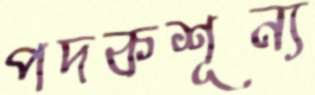
পদকশূন্য